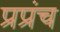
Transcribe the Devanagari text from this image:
प्रप्रंच